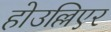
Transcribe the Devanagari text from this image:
होउल्लिएर